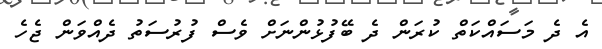
އެ ދެ މަސައްކަތް ކުރަން ދެ ބޭފުޅުންނަށް ވެސް ފުރުސަތު ދެއްވަން ޖެހެ